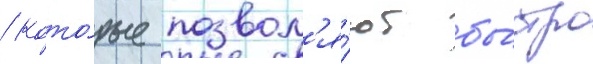
/ кото́рые позвол'я́ют бы́стро